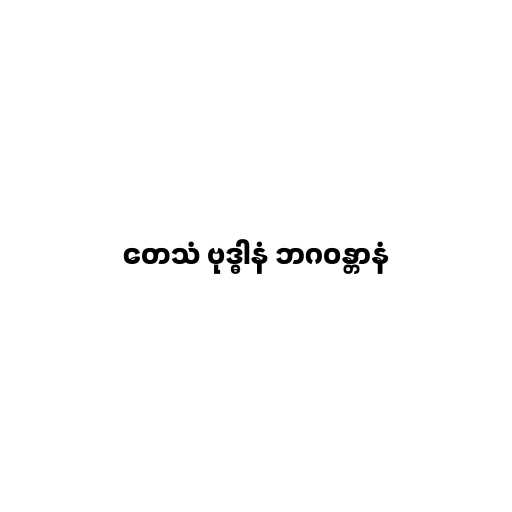
တေသံ ဗုဒ္ဓါနံ ဘဂဝန္တာနံ